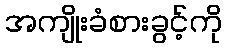
အကျိုးခံစားခွင့်ကို